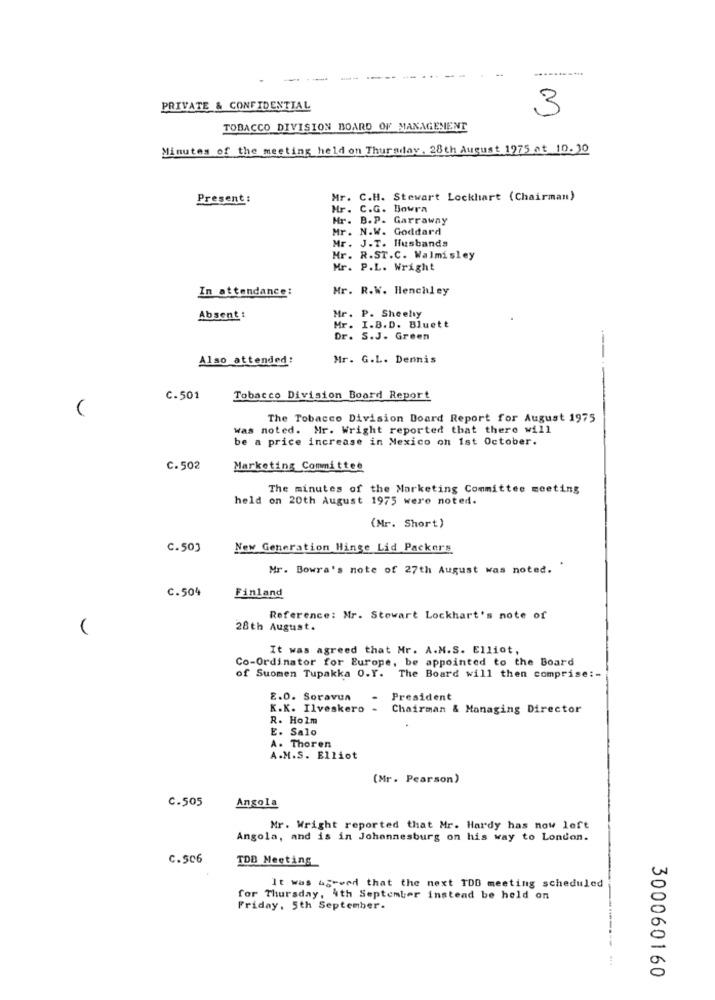
PRIVATE & CONFIDENTIAL
3
TOBACCO DIVISION BOARD OF MANAGEMENT
Minutes of the meeting held on Thursday, 28th August 1275 at 10. 30
Present :
Mr. C.H. Stewart Lockhart (Chairman)
Mr. C.G. Bowra
Mr. B. P. Garraway
Mr. N.W. Goddard
Mr. J.T. Husbands
Mr. R.ST.C. Walmisley
Mr. P.L. Wright
In attendance:
Mr. R.W. Henchley
Mr. P. Sheely
Absent :
Mr. I.B.D. Bluett
Dr. S.J. Green
---
Also attended:
Mr. G.L. Dennis
C-501
Tobacco Division Board Report
The Tobacco Division Doard Report for August 1975
was noted. Mr. Wright reported that there will
be a price increase in Mexico on 1st October.
C.502
Marketing Committee
The minutes of the Marketing Committee meeting
held on 20th August 1975 were noted.
(Mr. Short)
C.503
New Generation Hinge Lid Packers
Mr. Bowra's note of 27th August was noted.
C.504
Finland
Reference: Mr. Stewart Lockhart's note of
28th August.
It was agreed that Mr. A.M.S. Elliot,
Co-Ordinator for Europe, be appointed to the Board
of Suomen Tupakka 0.Y. The Board will then comprise :-
2.0. Soraven
President
K.K. Ilveskero -
Chairman & Managing Director
R. Holm
E. Salo
A. Thoren
A.M.S. Elliot
(Mr. Pearson)
C.505
Angola
Mr. Wright reported that Mr. Hardy has now left
Angola, and is in Johannesburg on his way to London.
C.506
TDB Meeting
It was agreed that the next TDD meeting scheduled
for Thursday, 4th September instead be held on
Friday, 5th September.
300060160